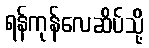
ရန်ကုန်လေဆိပ်သို့